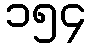
၁၅၄